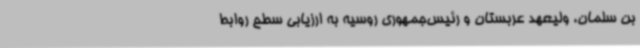
بن سلمان، ولیعهد عربستان و رئیس‌جمهوری روسیه به ارزیابی سطح روابط